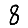
Digit: 8